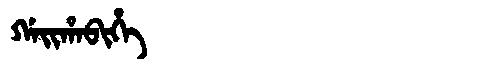
Manchu: ᡤᠠᡳᡥᠠᠪᡳᡥᡝ
Romanization: GAIHABIHE